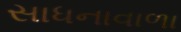
સાધનાવાળા